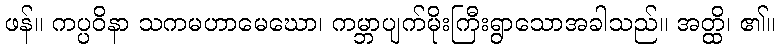
ဖန်။ ကပ္ပဝိနာ သကမဟာမေဃော၊ ကမ္ဘာပျက်မိုးကြီးရွာသောအခါသည်။ အတ္ထိ၊ ၏။